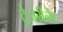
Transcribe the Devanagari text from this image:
ट्रेजरीनेट